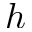
h